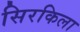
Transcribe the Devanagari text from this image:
सिरकिला